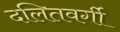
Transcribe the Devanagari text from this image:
दलितवर्गी